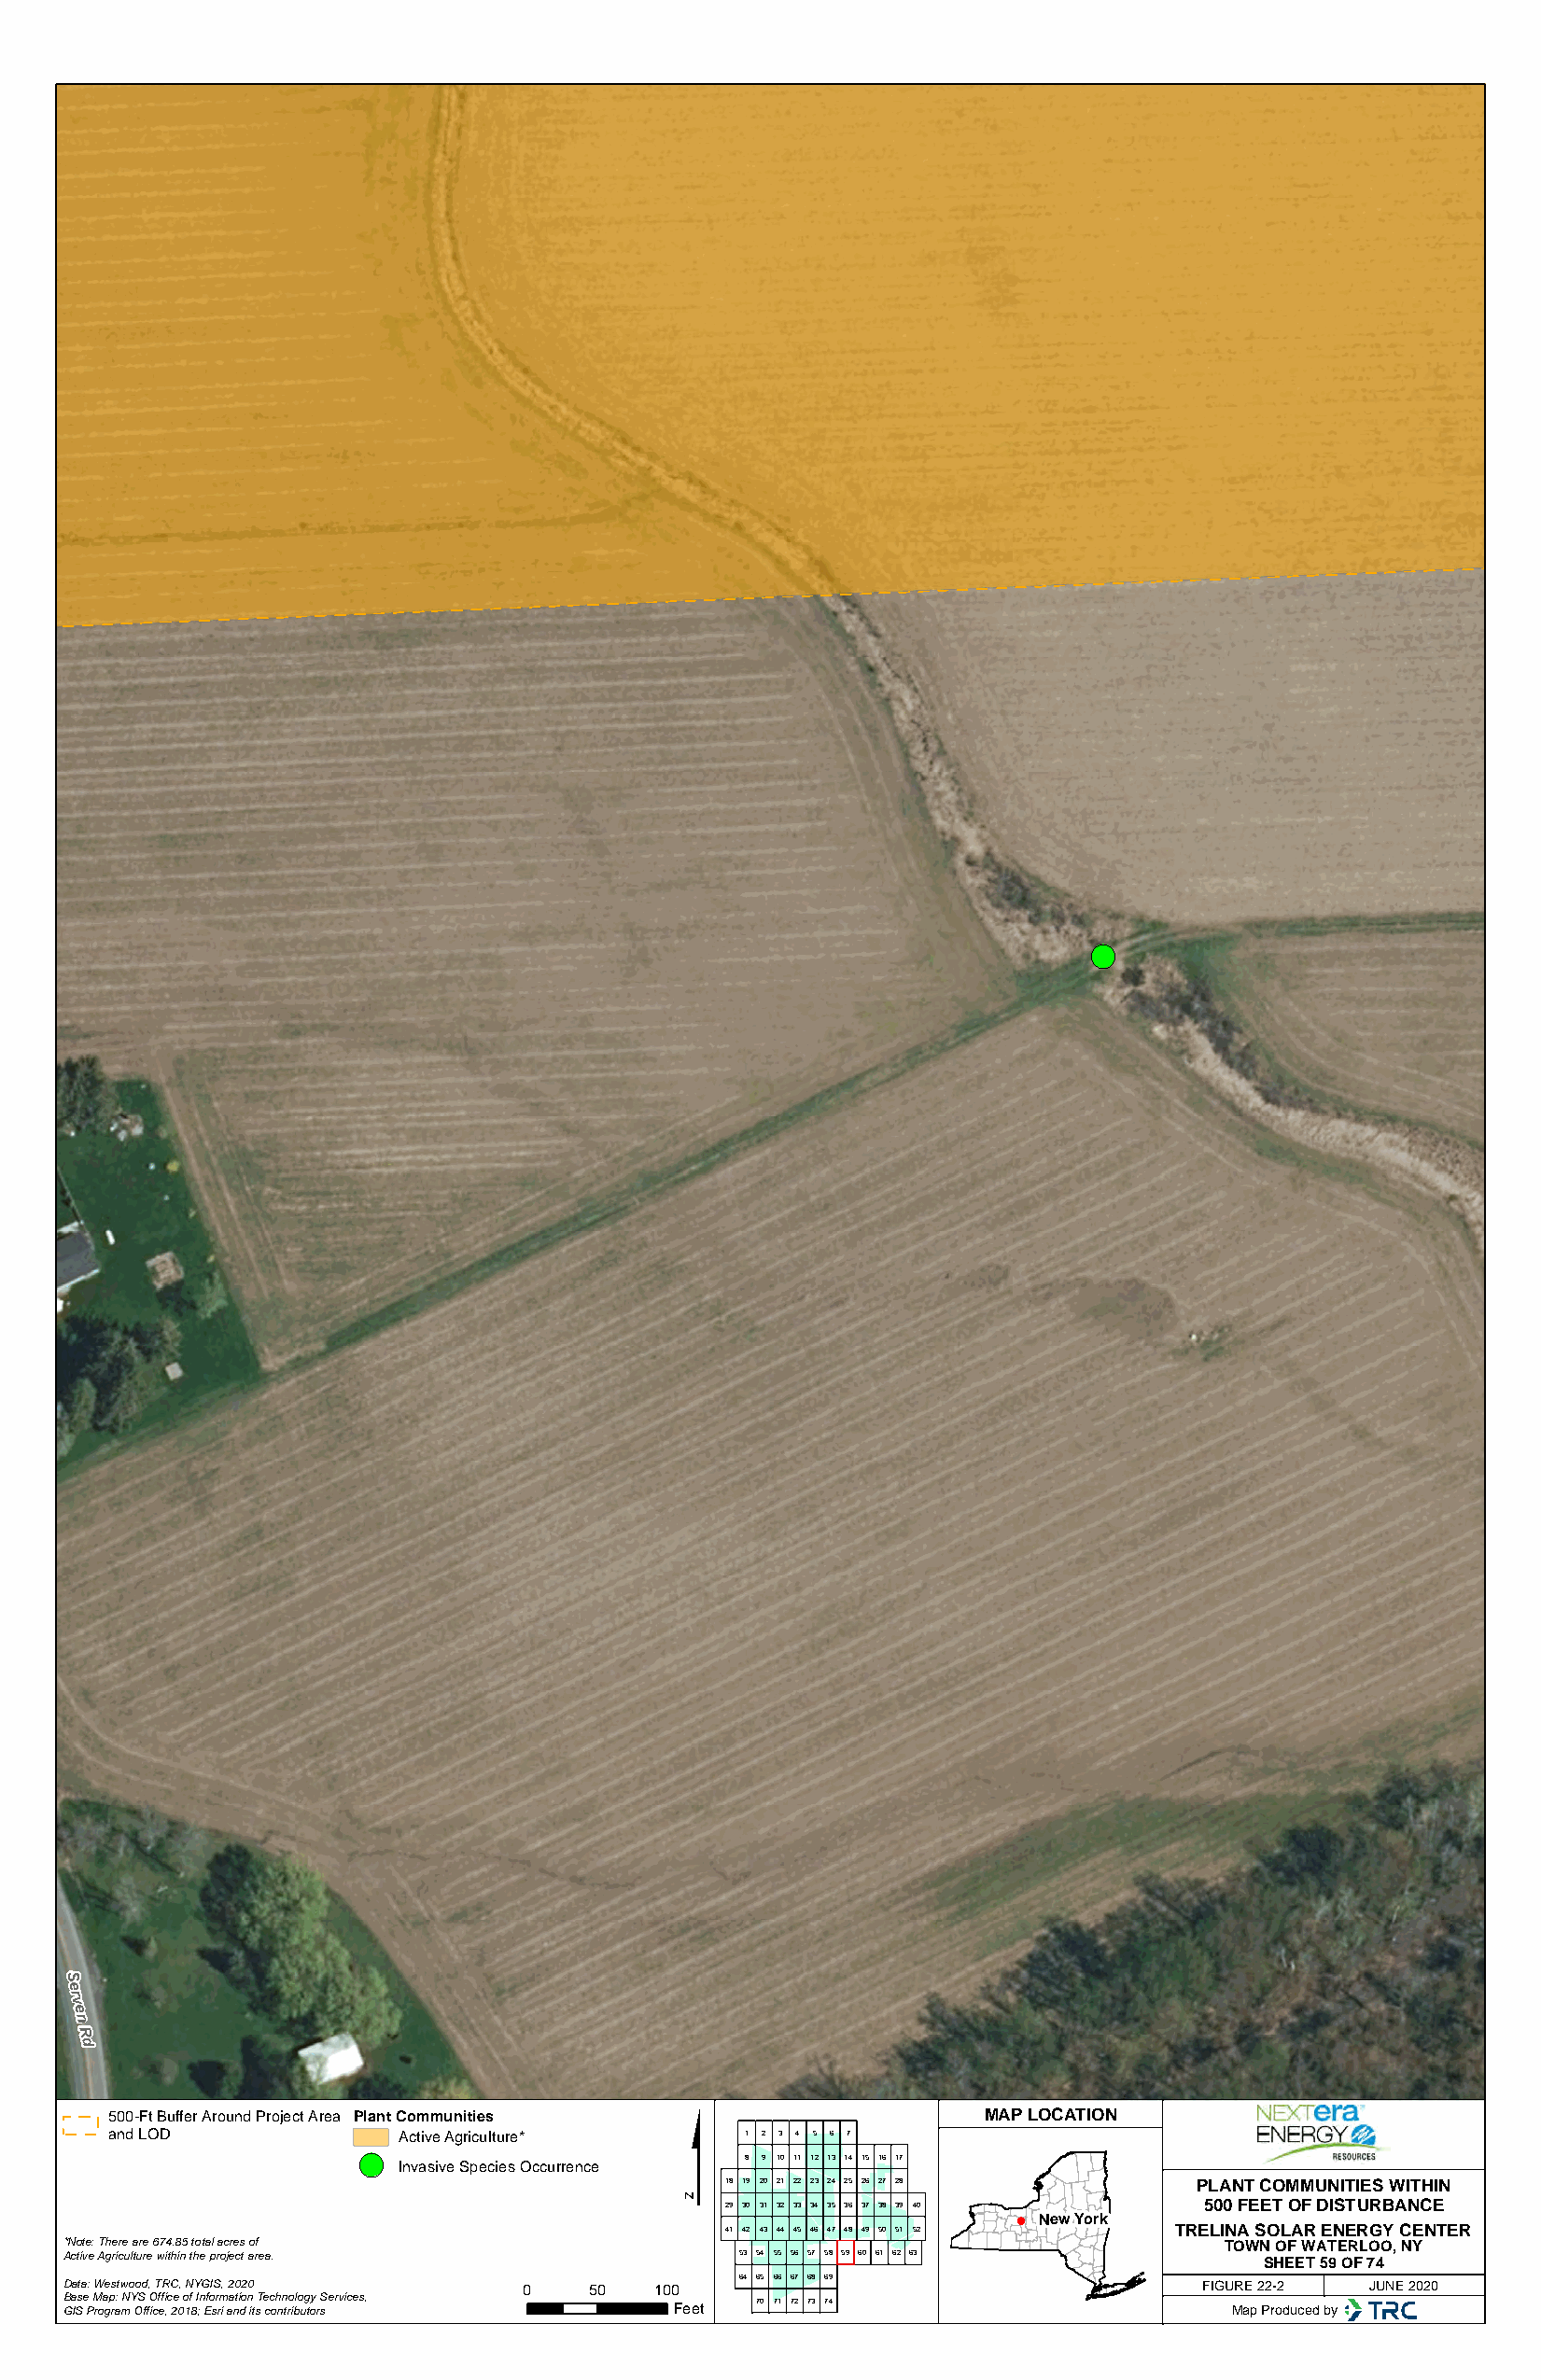
!(
 S
 e
 rv
 e
 n
 R
 d
 $
 500-Ft Buffer Around Project Area Plant Communities           MAP LOCATION
 and LOD             Active Agriculture*      1 2 3 4 5 6 7
 !(
 8 9 10 11 12 13 14 15 16 17
 Invasive Species Occurrence
 18 19 20 21 22 23 24 25 26 27 28  PLANT COMMUNITIES WITHIN
 29 30 31 32 33 34 35 36 37 38 39 40 500 FEET OF DISTURBANCE
 New York
 41 42 43 44 45 46 47 48 49 50 51 52 TRELINA SOLAR ENERGY CENTER
 *Note: There are 674.85 total acres of                                             TOWN OF WATERLOO, NY
 Active Agriculture within the project area.     53 54 55 56 57 58 59 60 61 62 63
 SHEET 59 OF 74
 64 65 66 67 68 69
 Data: Westwood, TRC, NYGIS, 2020 0    50  100                                    FIGURE 22-2 JUNE 2020
 Base Map: NYS Office of Information Technology Services, 70 71 72 73 74
 GIS Program Office, 2018; Esri and its contributors Feet                           Map Produced by